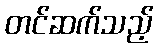
တင်ဆက်သည့်